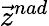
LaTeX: {\vec{z}}^{nad}